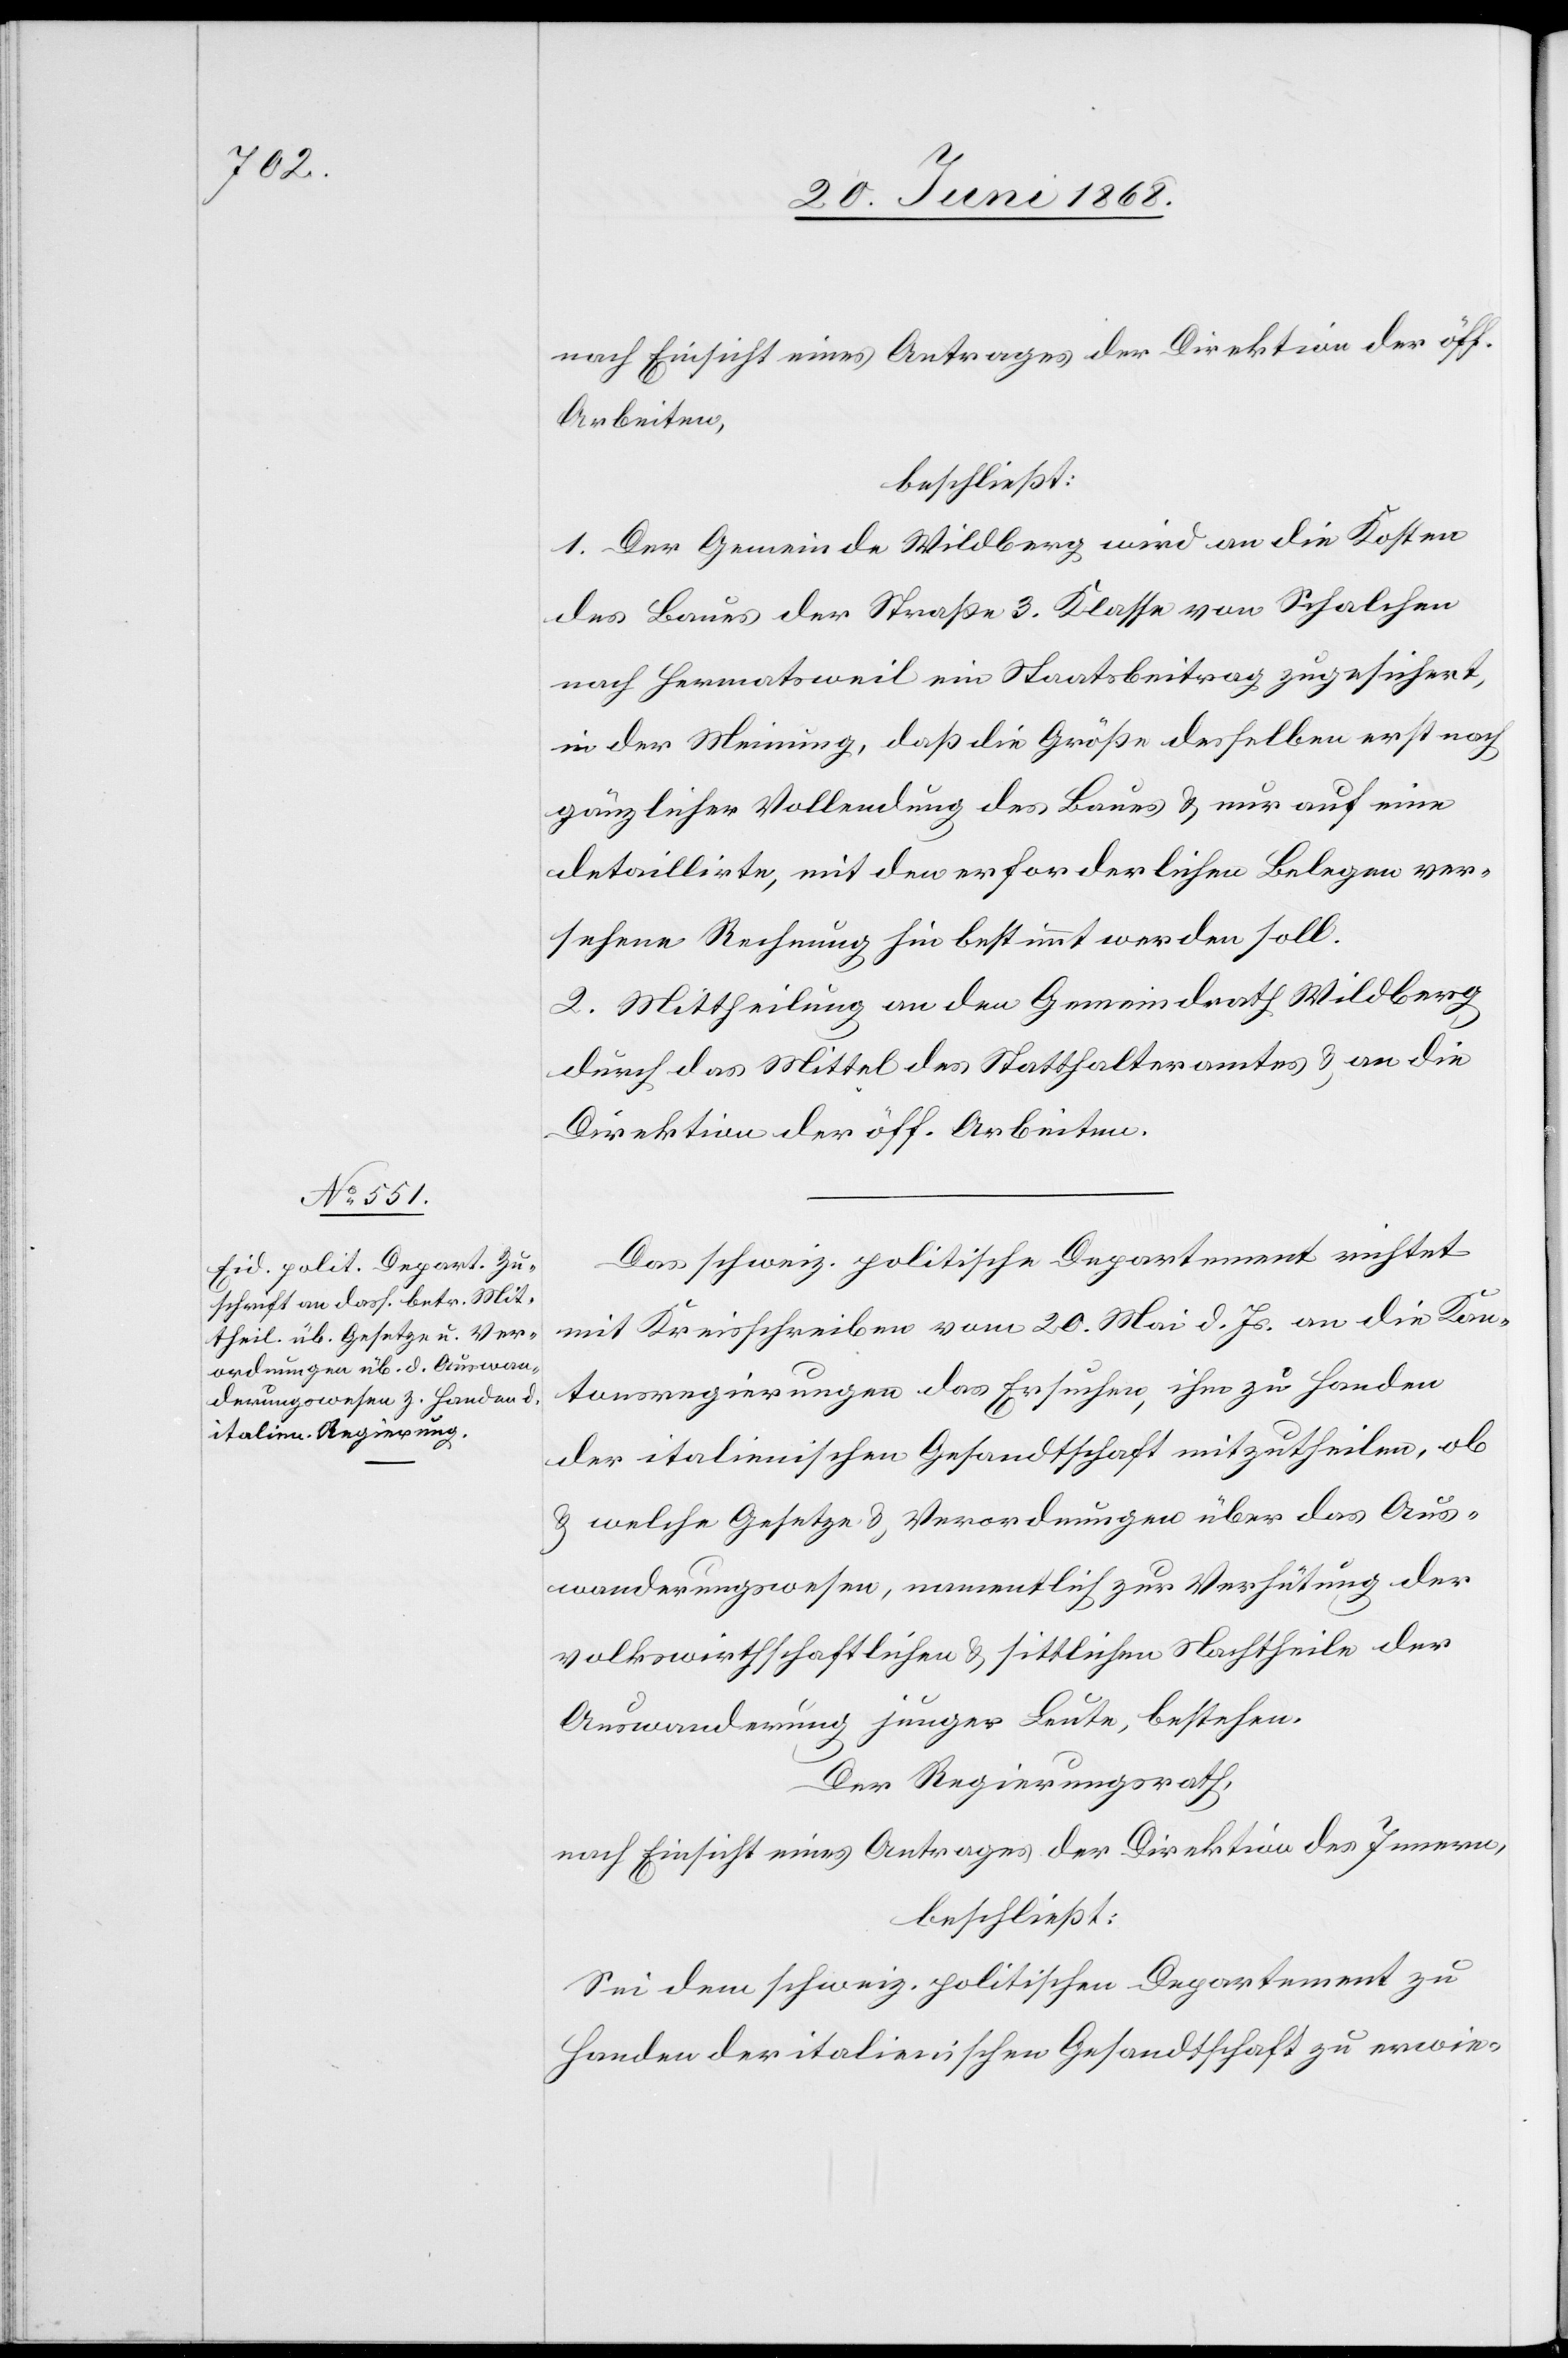
nach Einsicht eines Antrages der Direktion der öff.
Arbeiten,
beschließt:
1. Der Gemeinde Wildberg wird an die Kosten
des Baues der Straße 3. Klasse von Schalchen
nach Hermatsweil ein Staatsbeitrag zugesichert,
in der Meinung, daß die Größe desselben erst nach
gänzlicher Vollendung des Baues & nur auf eine
detaillirte, mit den erforderlichen Belegen ver¬
sehene Rechnung hin bestimmt werden soll.
2. Mittheilung an den Gemeindrath Wildberg
durch das Mittel des Statthalteramtes & an die
Direktion der öff. Arbeiten.
Das schweiz. politische Departement richtet
mit Kreisschreiben vom 20. Mai d. Js. an die Kan¬
tonsregierungen das Ersuchen, ihm zu Handen
der italienischen Gesandtschaft mitzutheilen, ob
& welche Gesetze & Verordnungen über das Aus¬
wanderungswesen, namentlich zur Verhütung der
volkswirthschaftlichen & sittlichen Nachtheile der
Auswanderung junger Leute, bestehen.
Der Regierungsrath,
nach Einsicht eines Antrages der Direktion des Innern,
beschließt:
Sei dem schweiz. politischen Departement zu
Handen der italienischen Gesandtschaft zu erwie-